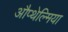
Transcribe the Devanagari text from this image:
औप्थेल्मिया